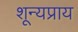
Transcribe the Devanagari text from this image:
शून्यप्राय